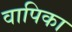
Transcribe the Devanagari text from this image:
वापिका